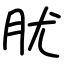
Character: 肬